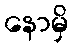
နောမှိ